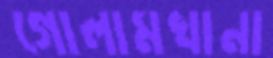
গোলামখানা